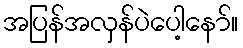
အပြန်အလှန်ပဲပေါ့နော်။